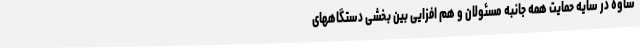
ساوه در سایه حمایت همه جانبه مسئولان و هم افزایی بین بخشی دستگاههای